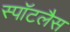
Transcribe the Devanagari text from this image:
स्पॉटलैस